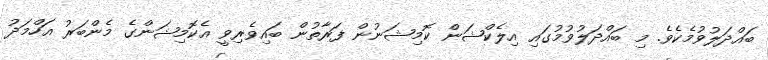
ބައްދަލުވުމެކެވެ. މި ބައްދަލުވުމުގައި އިލެކްޝަން ކޮމިޝަނުން ފަރާތުން ބައިވެރިވީ އެކޮމިޝަންގެ މެންބަރު އަހްމަދު